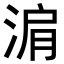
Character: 𬇽